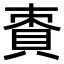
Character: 𧵩